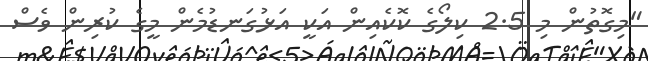
"މިގޮތުން މި 2.5 ކިލޯގެ ކޮކެއިން އަކީ އަޅުގަނޑުމެން މީގެ ކުރިން ވެސް